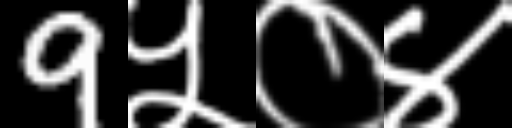
Text: 9५०४